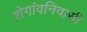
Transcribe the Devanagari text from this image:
शेगांवनिवासी